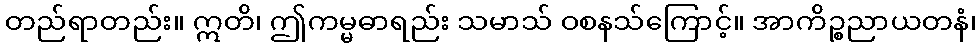
တည်ရာတည်း။ ဣတိ၊ ဤကမ္မဓာရည်း သမာသ် ဝစနသ်ကြောင့်။ အာကိဉ္စညာယတနံ၊